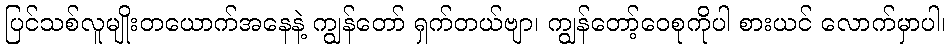
ပြင်သစ်လူမျိုးတယောက်အနေနဲ့ ကျွန်တော် ရှက်တယ်ဗျာ၊ ကျွန်တော့်ဝေစုကိုပါ စားယင် လောက်မှာပါ၊